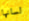
لسانها